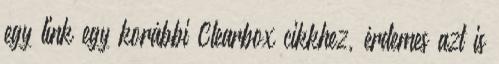
egy link egy korábbi Clearbox cikkhez, érdemes azt is